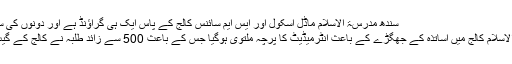
سندھ مدرسۃ الاسلام ماڈل اسکول اور ايس ايم سائنس کالج کے پاس ایک ہی گراؤنڈ ہے اور دونوں کی سرگرمیاں اس میں منعقد...
کراچی کے سندھ مدرستہ الاسلام کالج میں اساتذہ کے جھگڑے کے باعث انٹرمیڈیٹ کا پرچہ ملتوی ہوگیا جس کے باعث 500 سے زائد طلبہ نے کالج کے گیٹ پر احتجاجی مظاہرہ کیا۔